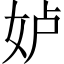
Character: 𱙋